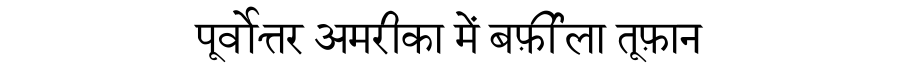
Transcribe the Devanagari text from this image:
पूर्वोत्तर अमरीका में बर्फ़ीला तूफ़ान